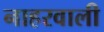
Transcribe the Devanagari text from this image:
नाहरवाली